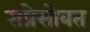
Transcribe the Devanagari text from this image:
सप्रेसोबत